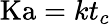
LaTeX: \mathrm{Ka}=kt_{c}